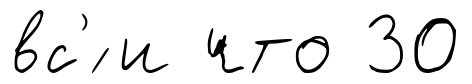
вс'́ и что 30